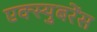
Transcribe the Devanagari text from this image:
एक्स्युबरेंस